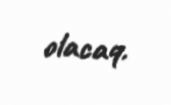
olacaq.